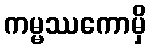
ကမ္မဿကောမှိ